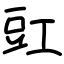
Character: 豇